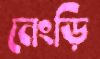
নেংড়ি